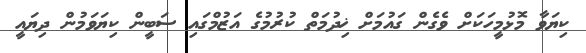
ކިޔަވާ މޮޅުމީހަކަށް ވެގެން ގައުމަށް ޚިދުމަތް ކުރުމުގެ އަޒުމްގައި ސަބީން ކިޔަވަމުން ދިޔައީ